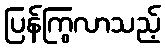
ပြန်ကြွလာသည့်